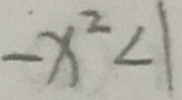
- x ^ { 2 } < 1